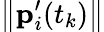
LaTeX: \left\| \mathbf{p}_{i}^{\prime}(t_{k})\right\|